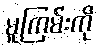
မူကြမ်းကို